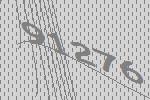
91276